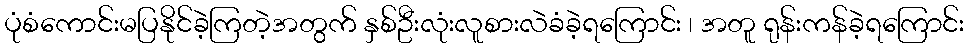
ပုံစံကောင်းမပြနိုင်ခဲ့ကြတဲ့အတွက် နှစ်ဦးလုံးလူစားလဲခံခဲ့ရကြောင်း ၊ အတူ ရုန်းကန်ခဲ့ရကြောင်း